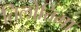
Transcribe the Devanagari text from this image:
तिलोत्तिमा